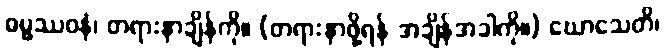
ဓမ္မဿဝနံ၊ တရားနာချိန်ကို။ (တရားနာဖို့ရန် အချိန်အခါကို။) ဃောသေတိ၊